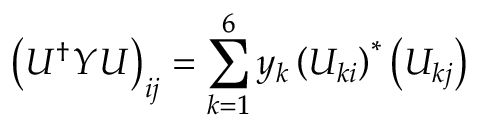
\left( U ^ { \dag } Y U \right) _ { i j } = \sum _ { k = 1 } ^ { 6 } y _ { k } \left( U _ { k i } \right) ^ { * } \left( U _ { k j } \right)